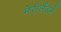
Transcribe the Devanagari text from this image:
मेरीलैंडमें